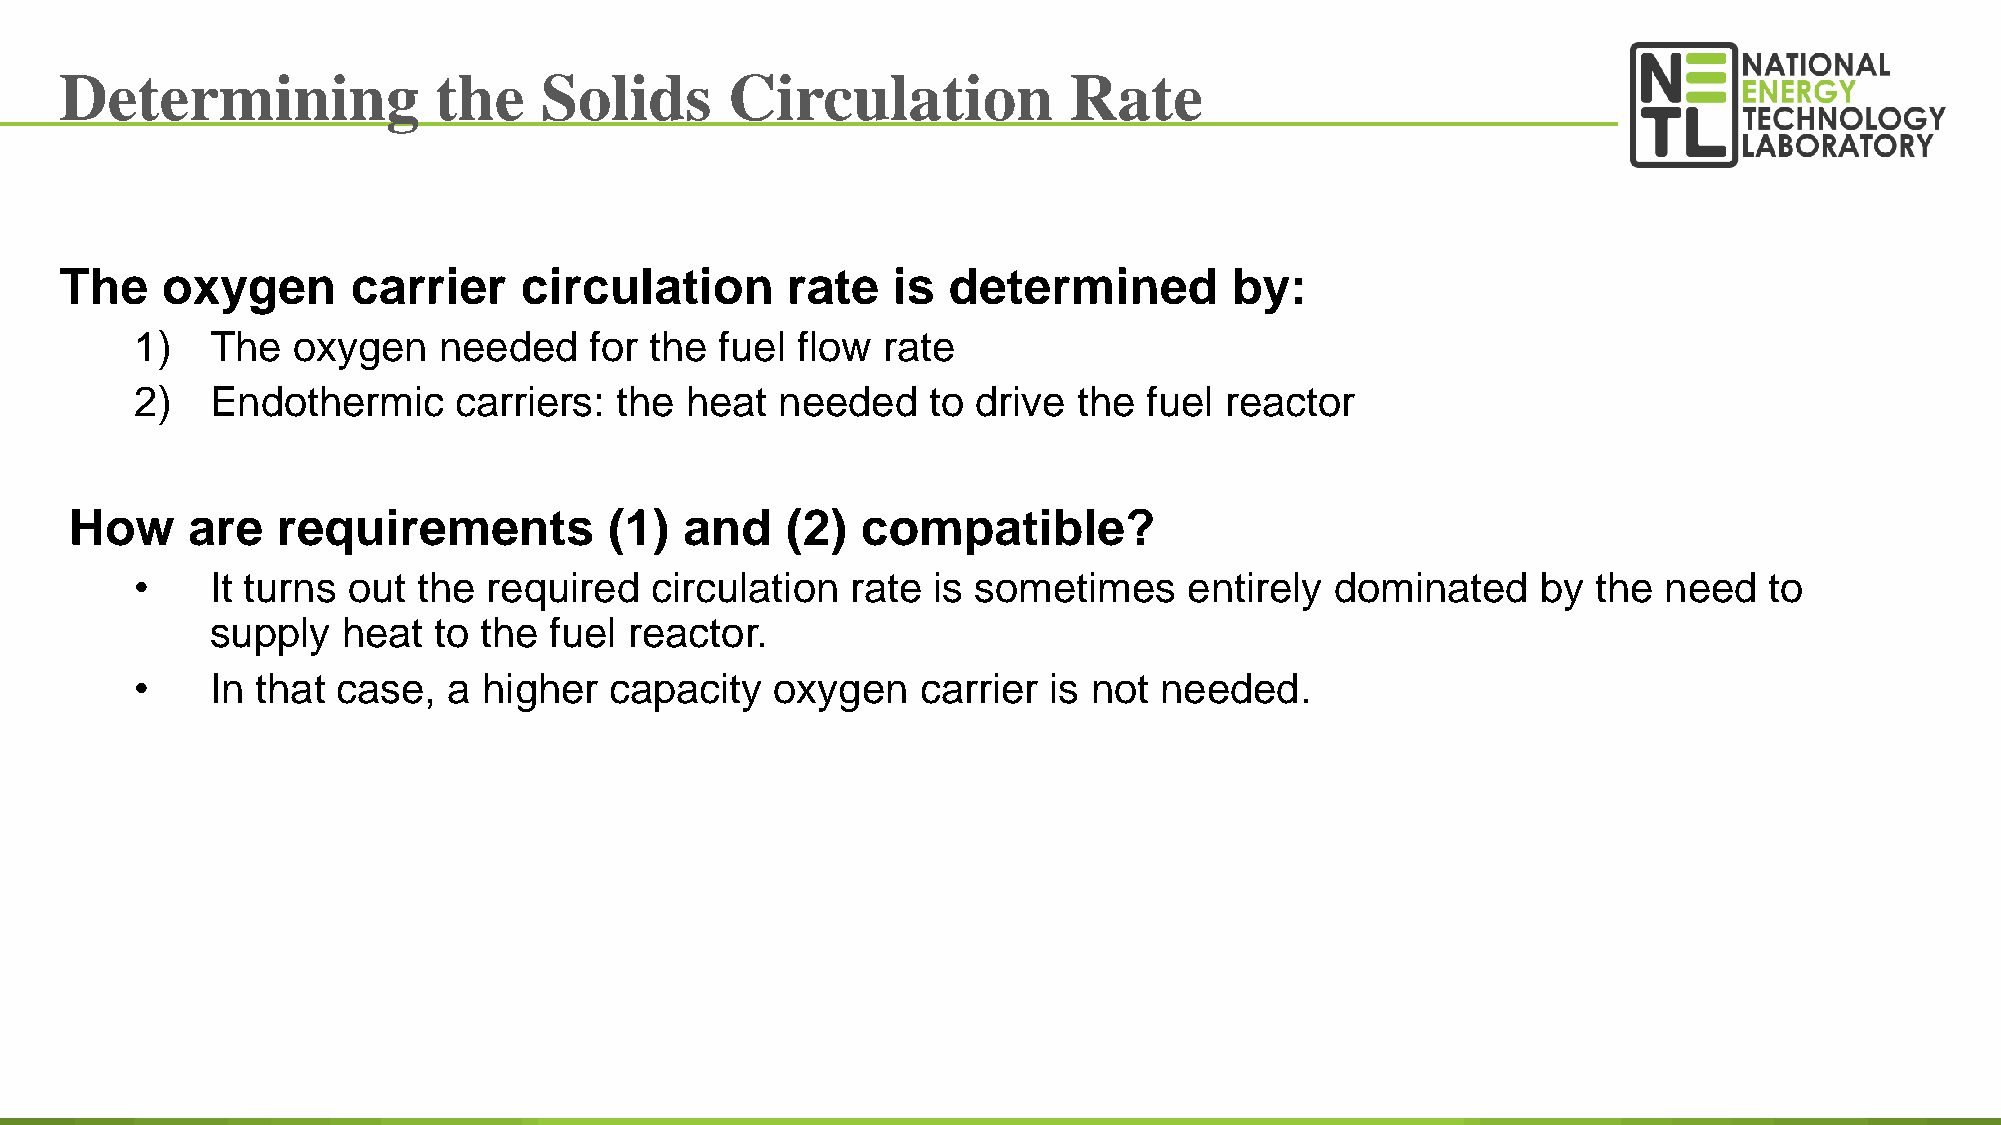
Determining              the    Solids      Circulation            Rate
 The    oxygen      carrier    circulation       rate   is  determined         by:
 1)   The  oxygen    needed    for the  fuel flow rate
 2)   Endothermic     carriers:  the heat   needed   to  drive the  fuel reactor
 How    are   requirements          (1)  and    (2)  compatible?
 •    It turns out  the required   circulation  rate  is sometimes     entirely dominated     by  the need   to
 supply   heat  to the fuel  reactor.
 •    In that case,   a higher  capacity   oxygen    carrier is not  needed.
 37